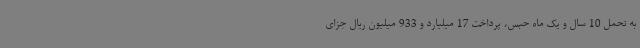
به تحمل 10 سال و یک ماه حبس، پرداخت 17 میلیارد و 933 میلیون ریال جزای